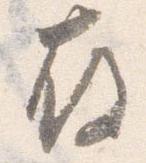
存